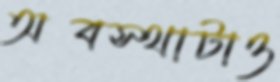
অবস্থাটাও